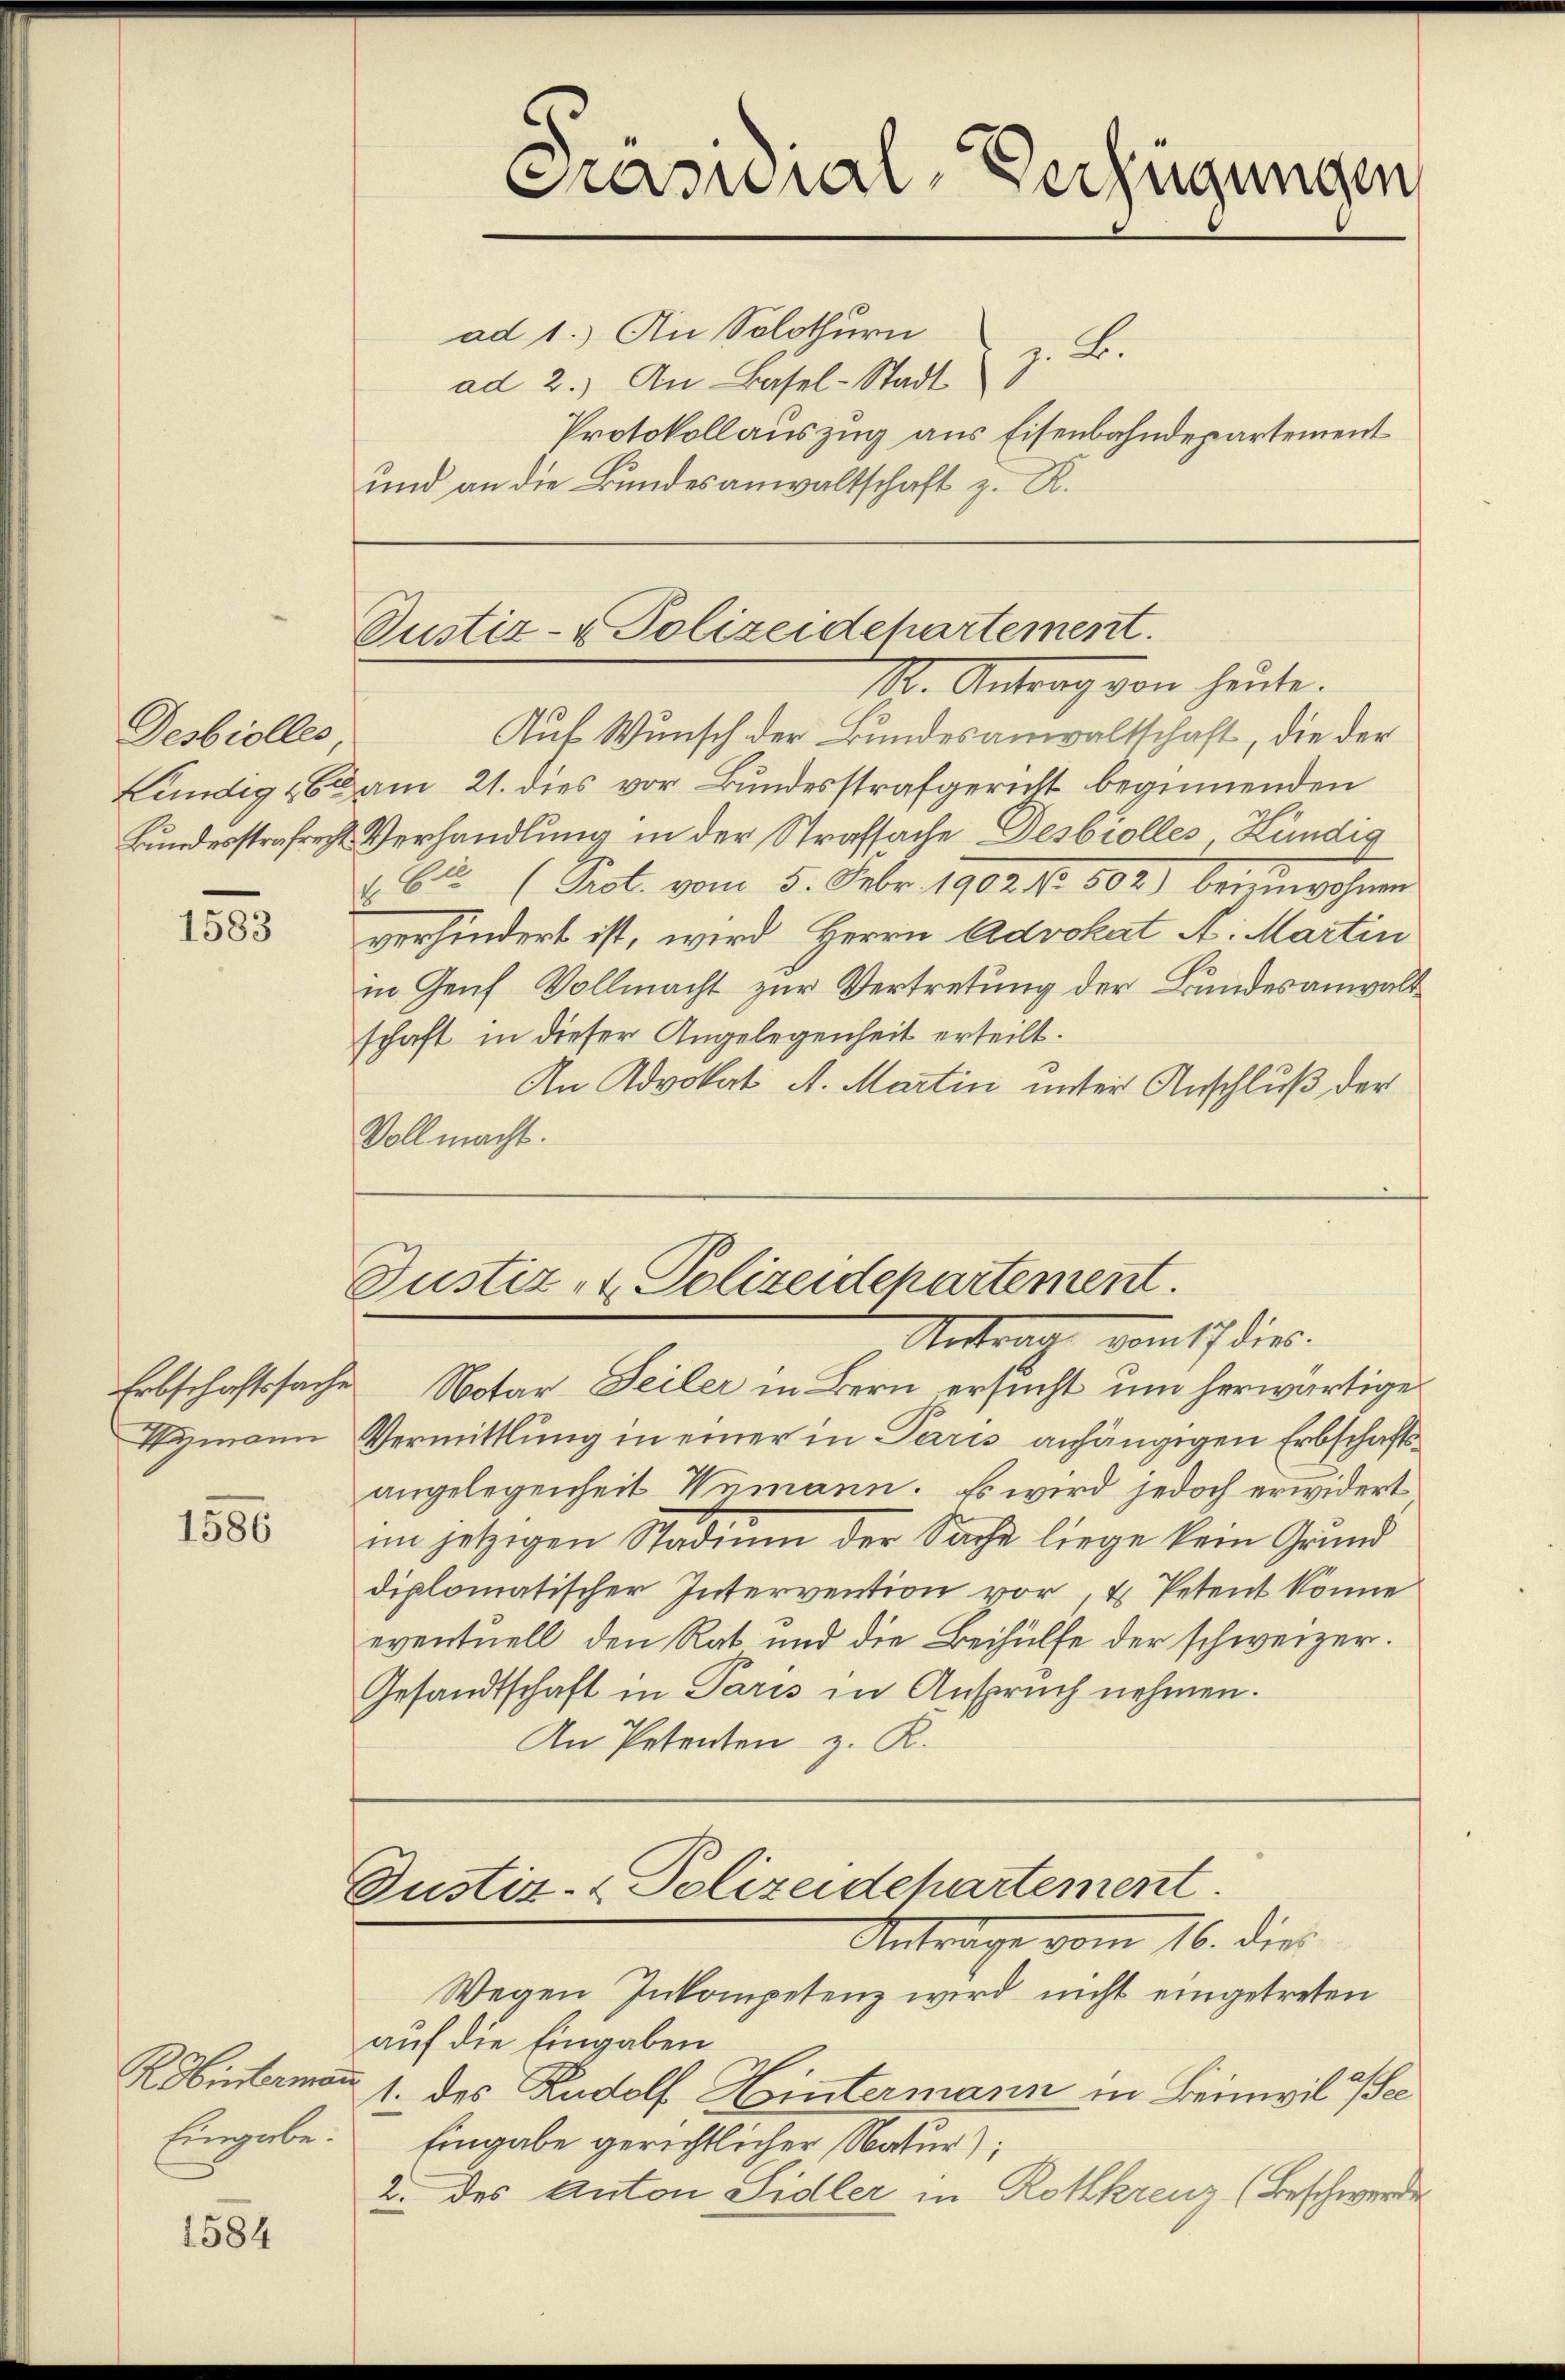
Desbiolles

1583

Erbschaftssache
Wyzmann

1586

R. Wintermann
Eingabe.

1584

Grasnial-Verfügungen

ad 1.) An Solothurn
z. B.
ad 2.) An Basel-Stadt
Protokollauszug aus Eisenbahndepartement
und an die Bundesanwaltschaft z. R.

Justiz- & Polizeidepartement.
Ich. Antrag von heute.

Auf Wunsch der Bundesanwaltschaft, die der
fündig 263 am 21. dies vor Bundesstrafgericht beginnenden
Bundesstrafrecht Verhandlung in der Strafsache Desbiolles, Kündig
§ 62 (Prot. vom 5. Febr. 1902 Nr. 502) bereinwohnen
verhindert ist, wird Herrn Advokat A. Martin
in Genf Vollmacht zur Vertretung der Bundesanwaltschaft in dieser Angelegenheit erteilt.
An Advokat A. Martin unter Anschluß der
Vollmacht.

Justiz- & Polizeidepartement.
Unter vom 17 dies

Notar Seiler in Bern ersucht um herwärtige
Vermittlung in einer in Paris anhängigen Erbschaftsangelegenheit Unmann. Es wird jedoch erwidert
im jetzigen Stadium der Sache liege kein Grund
diplomatischer Intervention vor, u. Petent könne
eventuell, den Rat und die Beihülfe der schweizer.
Gesandtschaft in Paris in Anspruch nehmen.
An Petenten z. K.

Justiz- & Polizeidepartement
Antrage vom 16. dies

Wegen Inkompetenz wird nicht eingetreten
auf die Eingaben
1. des Rudolf Hintermann in Beinwil a/See
Eingabe gerichtlicher Natur);
2. des Anton Sidler in Rotkreuz (Beschwerde